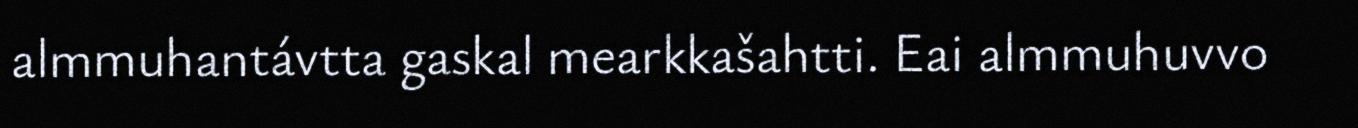
almmuhantávtta gaskal mearkkašahtti. Eai almmuhuvvo